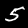
Label: 5